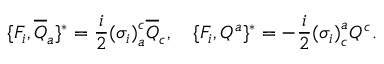
\lbrace { \cal F } _ { i } , { \overline { { { Q } } } } _ { a } \rbrace ^ { \ast } = \frac { i } { 2 } { ( \sigma _ { i } ) } _ { a } ^ { c } { \overline { { { Q } } } } _ { c } , \quad \lbrace { \cal F } _ { i } , Q ^ { a } \rbrace ^ { \ast } = - \frac { i } { 2 } { ( \sigma _ { i } ) } _ { c } ^ { a } Q ^ { c } .